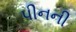
પીનની